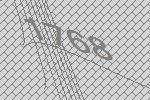
1768